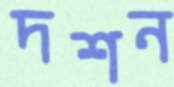
দশন